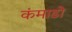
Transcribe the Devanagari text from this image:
कंमाडो